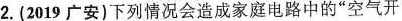
2.(2019广安)下列情况会造成家庭电路中的”空气开